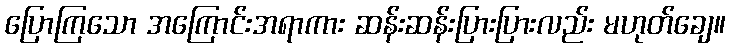
ပြောကြသော အကြောင်းအရာကား ဆန်းဆန်းပြားပြားလည်း မဟုတ်ချေ။